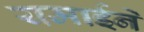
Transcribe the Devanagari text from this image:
यमाईने